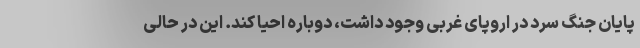
پایان جنگ سرد در اروپای غربی وجود داشت، دوباره احیا کند. این در حالی